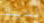
لديك